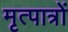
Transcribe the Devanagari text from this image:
मृत्पात्रों